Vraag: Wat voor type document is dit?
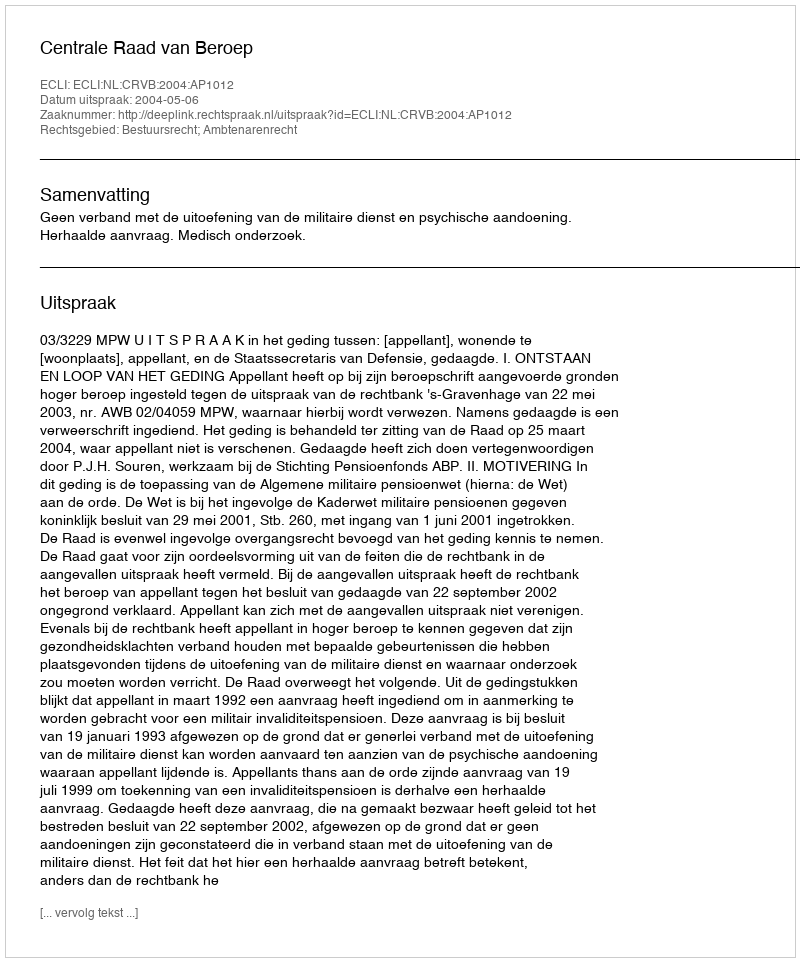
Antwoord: Uitspraak